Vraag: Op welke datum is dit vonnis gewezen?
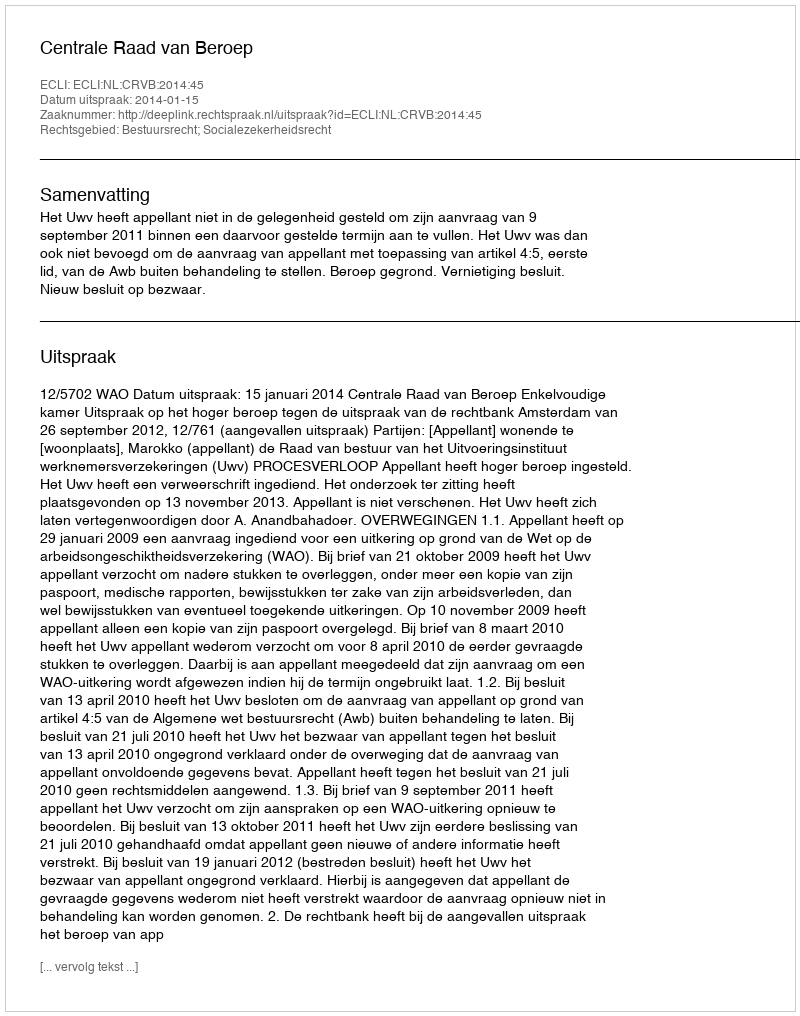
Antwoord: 2014-01-15